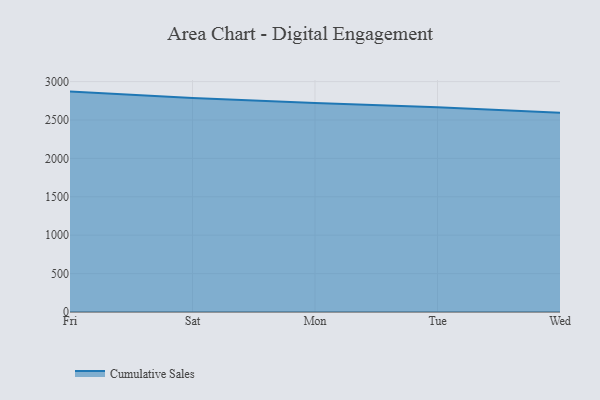
{"axis": {"x": "Day", "y": "Market Share (%)"}, "legend": ["Cumulative Sales"], "data": [{"x": "Fri", "y": 2869.9, "type": "Cumulative Sales"}, {"x": "Sat", "y": 2788.1, "type": "Cumulative Sales"}, {"x": "Mon", "y": 2722.5, "type": "Cumulative Sales"}, {"x": "Tue", "y": 2667.1, "type": "Cumulative Sales"}, {"x": "Wed", "y": 2593.6, "type": "Cumulative Sales"}]}